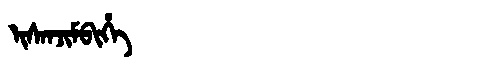
Manchu: ᡳᠰᠠᠨᠵᡳᠮᠪᡳᡥᡝ
Romanization: ISANJIMBIHE